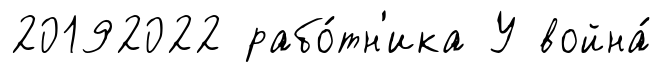
20192022 рабо́тн'ика У война́